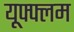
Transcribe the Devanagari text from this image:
यूफ्फ्लम